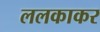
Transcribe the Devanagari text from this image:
ललकाकर